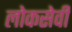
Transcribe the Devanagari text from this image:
लोकसेवी